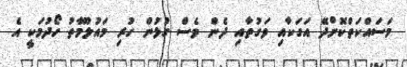
މަސައްކަތްކޮށްދޭ އަގަކާއި ވަގުތާއި ދެން ވެސް ގުޅުން ހުރި މައުލޫމާތު ހޯދުމަކީ އެ